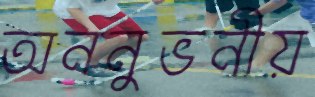
অননুভনীয়